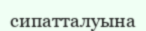
сипатталуына